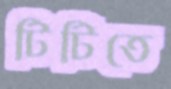
টিটিতে